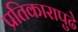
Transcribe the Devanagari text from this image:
प्रतिकारापुढे